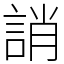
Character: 誚